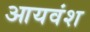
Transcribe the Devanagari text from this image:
आयवंश